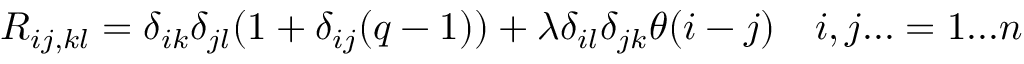
R _ { i j , k l } = \delta _ { i k } \delta _ { j l } ( 1 + \delta _ { i j } ( q - 1 ) ) + \lambda \delta _ { i l } \delta _ { j k } \theta ( i - j ) \quad i , j . . . = 1 . . . n